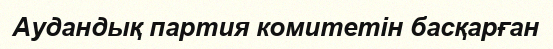
Аудандық партия комитетін басқарған